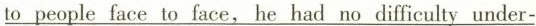
to people face to face, he had no difficulty under-